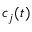
c _ { j } ( t )